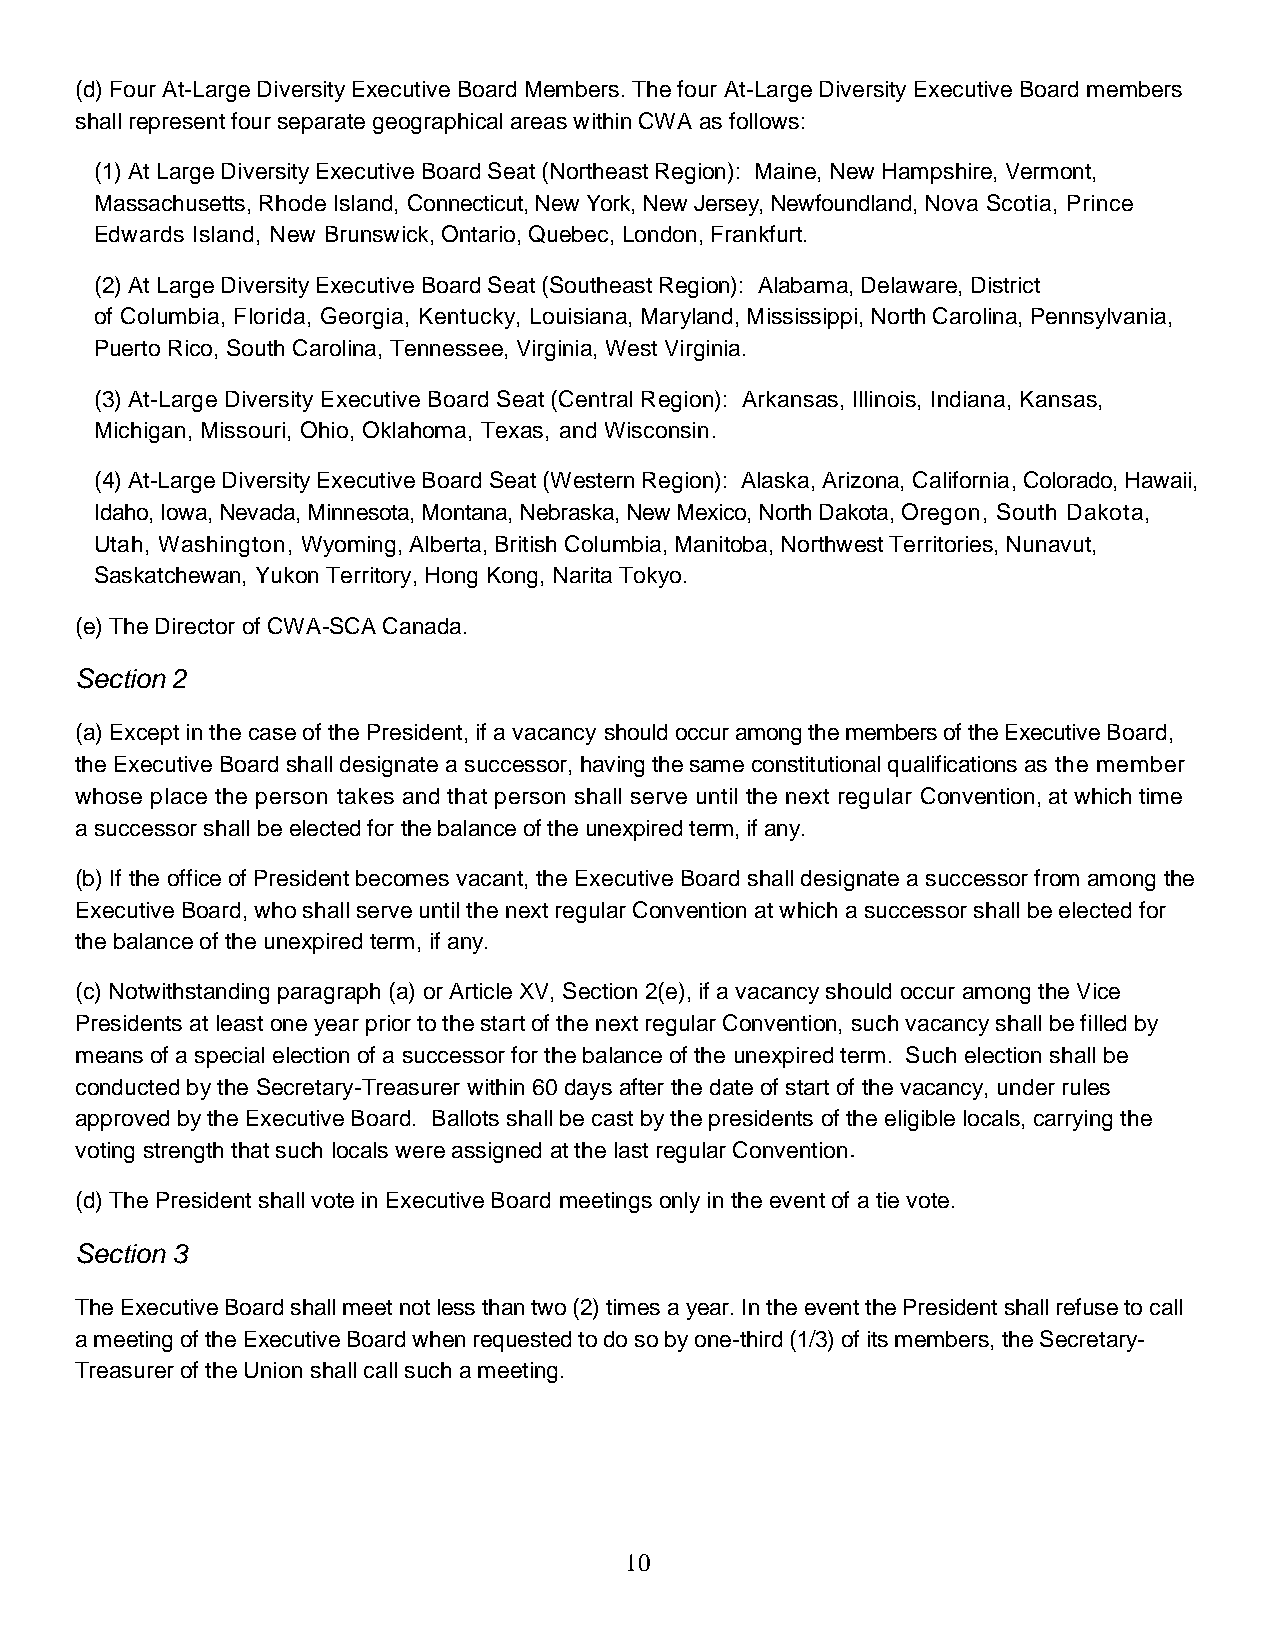
(d) Four At-Large Diversity Executive Board Members. The four At-Large Diversity Executive Board members
 shall represent four separate geographical areas within CWA as follows:
 (1) At Large Diversity Executive Board Seat (Northeast Region): Maine, New Hampshire, Vermont,
 Massachusetts, Rhode Island, Connecticut, New York, New Jersey, Newfoundland, Nova Scotia, Prince
 Edwards Island, New Brunswick, Ontario, Quebec, London, Frankfurt.
 (2) At Large Diversity Executive Board Seat (Southeast Region): Alabama, Delaware, District
 of Columbia, Florida, Georgia, Kentucky, Louisiana, Maryland, Mississippi, North Carolina, Pennsylvania,
 Puerto Rico, South Carolina, Tennessee, Virginia, West Virginia.
 (3) At-Large Diversity Executive Board Seat (Central Region): Arkansas, Illinois, Indiana, Kansas,
 Michigan, Missouri, Ohio, Oklahoma, Texas, and Wisconsin.
 (4) At-Large Diversity Executive Board Seat (Western Region): Alaska, Arizona, California, Colorado, Hawaii,
 Idaho, Iowa, Nevada, Minnesota, Montana, Nebraska, New Mexico, North Dakota, Oregon, South Dakota,
 Utah, Washington, Wyoming, Alberta, British Columbia, Manitoba, Northwest Territories, Nunavut,
 Saskatchewan, Yukon Territory, Hong Kong, Narita Tokyo.
 (e) The Director of CWA-SCA Canada.
 Section 2
 (a) Except in the case of the President, if a vacancy should occur among the members of the Executive Board,
 the Executive Board shall designate a successor, having the same constitutional qualifications as the member
 whose place the person takes and that person shall serve until the next regular Convention, at which time
 a successor shall be elected for the balance of the unexpired term, if any.
 (b) If the office of President becomes vacant, the Executive Board shall designate a successor from among the
 Executive Board, who shall serve until the next regular Convention at which a successor shall be elected for
 the balance of the unexpired term, if any.
 (c) Notwithstanding paragraph (a) or Article XV, Section 2(e), if a vacancy should occur among the Vice
 Presidents at least one year prior to the start of the next regular Convention, such vacancy shall be filled by
 means of a special election of a successor for the balance of the unexpired term. Such election shall be
 conducted by the Secretary-Treasurer within 60 days after the date of start of the vacancy, under rules
 approved by the Executive Board. Ballots shall be cast by the presidents of the eligible locals, carrying the
 voting strength that such locals were assigned at the last regular Convention.
 (d) The President shall vote in Executive Board meetings only in the event of a tie vote.
 Section 3
 The Executive Board shall meet not less than two (2) times a year. In the event the President shall refuse to call
 a meeting of the Executive Board when requested to do so by one-third (1/3) of its members, the Secretary-
 Treasurer of the Union shall call such a meeting.
 10